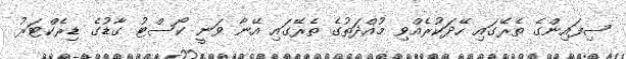
ސިފައިންގެ ތެރޭގައި ހޭދަކުރެއްވި މުއްދަތުގެ ތެރޭގައި އޭނާ ވަނީ ކޯސްޓު ގާޑުގެ ޑިރެކްޓަރު